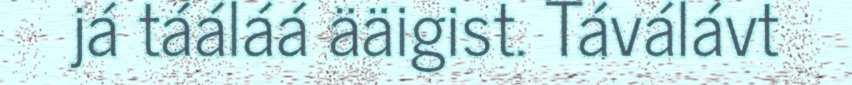
já tááláá ääigist. Táválávt